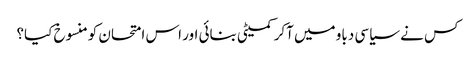
کس نے سیاسی دباو میں آکر کمیٹی بنائی اور اس امتحان کومنسوخ کیا؟